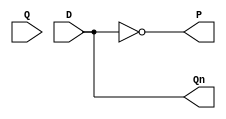
//present state is Q and next state is Qn
module D(output Qn,P,input D,Q);
assign Qn=D;
assign P=~Qn;
endmodule